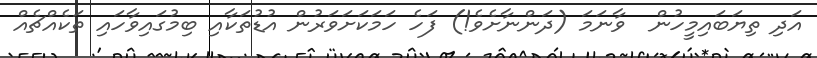
އަދި ތިޔަބައިމީހުން  ވާނަމަ (ދަންނާށެވެ!) ފަހެ ހަމަކަށަވަރުން އުޑުތަކާއި ބިމުގައިވާހައި ތަކެއްޗެއް